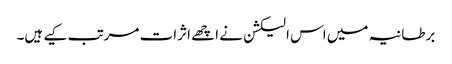
برطانیہ میں اس الیکشن نے اچھے اثرات مرتب کیے ہیں۔